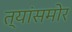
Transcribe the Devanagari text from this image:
त्यांसमोर